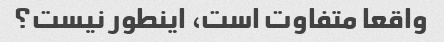
واقعا متفاوت است، اینطور نیست؟